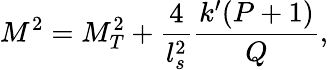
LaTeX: M^{2}=M_{T}^{2}+\frac{4}{l_{s}^{2}}\frac{k^{\prime}(P+1)}{Q},